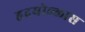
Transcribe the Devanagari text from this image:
हृदयोल्लास